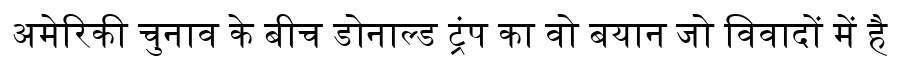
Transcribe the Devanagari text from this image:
अमेरिकी चुनाव के बीच डोनाल्ड ट्रंप का वो बयान जो विवादों में है